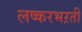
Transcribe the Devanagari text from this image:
लष्करभऱती